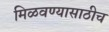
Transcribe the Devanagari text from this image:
मिळवण्यासाठीच